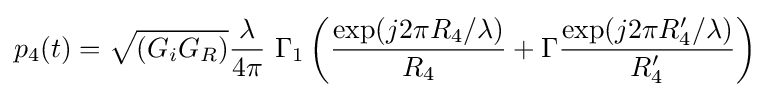
p_{4}(t)={\sqrt {(G_{i}G_{R})}}{\frac {\lambda }{4\pi }}~\Gamma _{1}\left({\frac {\exp(j2\pi R_{4}/\lambda )}{R_{4}}}+\Gamma {\frac {\exp(j2\pi R_{4}'/\lambda )}{R_{4}'}}\right)